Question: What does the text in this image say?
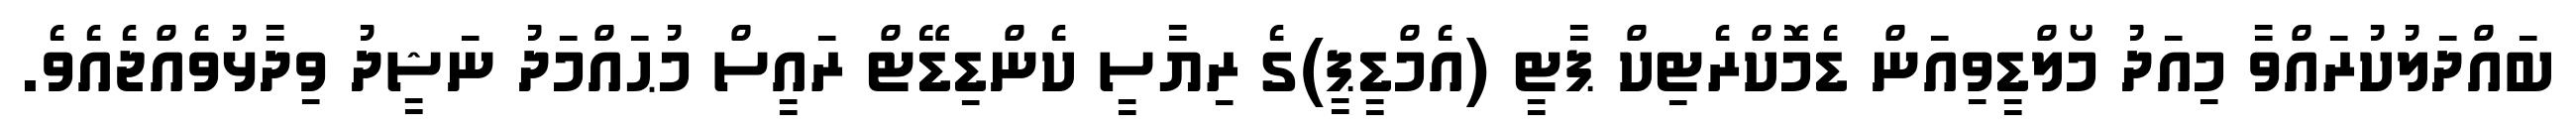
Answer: ބައްދަލުކުރައްވާ މިއަދު މޯލްޑީވިއަން ޑެމޮކްރެޓިކް ޕާޓީ (އެމްޑީޕީ)ގެ ރިޔާސީ ކެންޑިޑޭޓް ރައީސް މުޙައްމަދު ނަޝީދު ވިދާޅުވެއްޖެއެވެ.